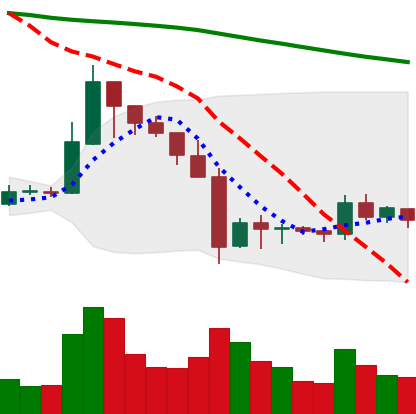
Ticker: XRP-USD
Chart end date: 2019-10-03
Forward return: 12.345%
Label: up_7plus